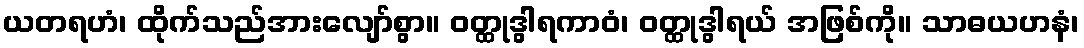
ယတရဟံ၊ ထိုက်သည်အားလျော်စွာ။ ဝတ္ထုဒွါရကာဝံ၊ ဝတ္ထုဒွါရယ် အဖြစ်ကို။ သာဓယဟနံ၊